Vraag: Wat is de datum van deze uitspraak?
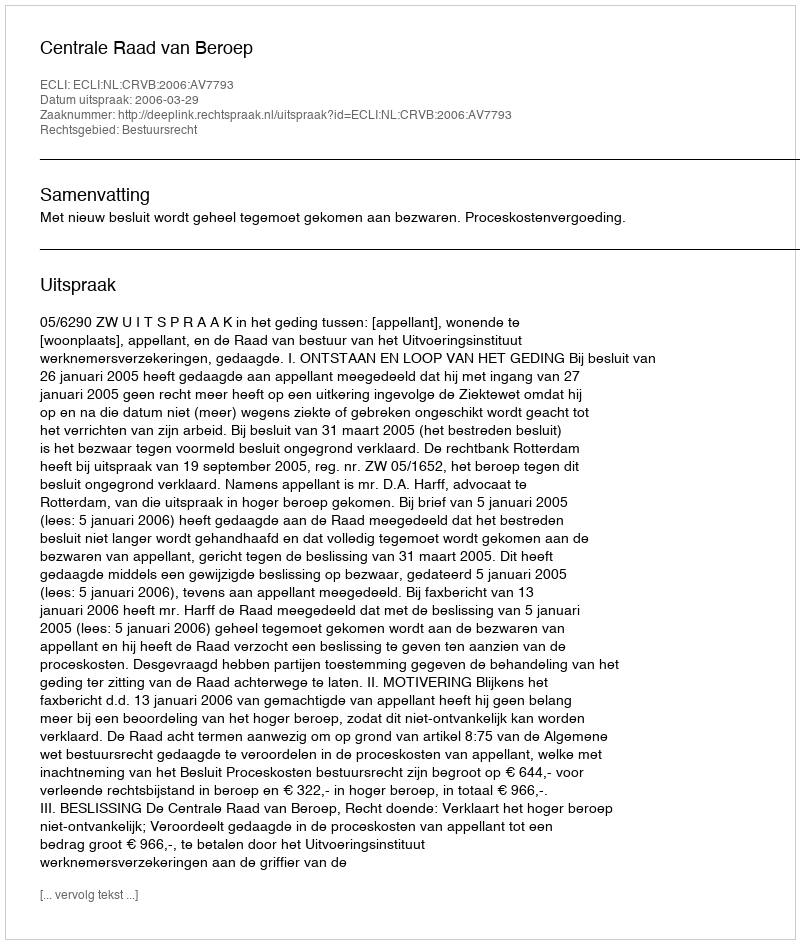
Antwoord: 2006-03-29